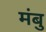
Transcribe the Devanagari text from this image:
मंबु